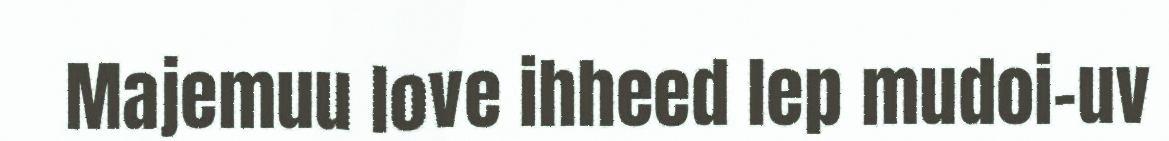
Majemuu love ihheed lep mudoi-uv